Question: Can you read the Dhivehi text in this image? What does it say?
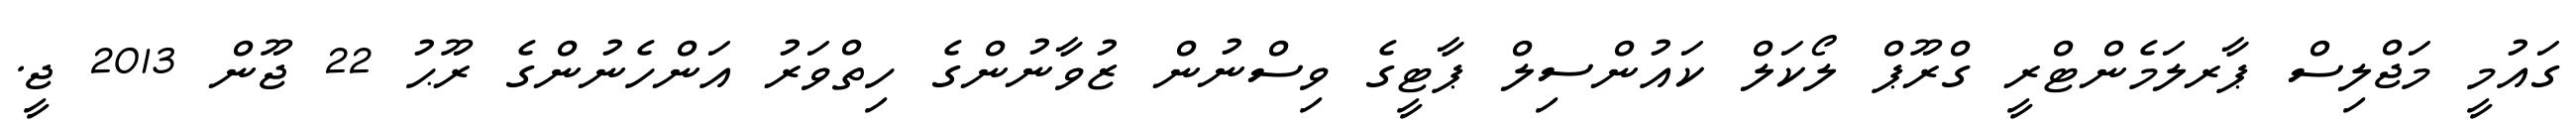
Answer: ގައުމީ މަޖްލިސް ޕާރލަމެންޓްރީ ގްރޫޕް ލޯކަލް ކައުންސިލް ޕާޓީގެ ވިސްނުން ޒުވާނުންގެ ހިތްވަރު އަންހެނުންގެ ރޫޙު 22 ޖޫން 2013 ޖީ.